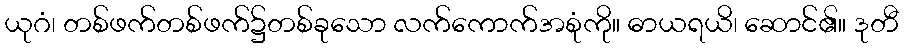
ယုဂံ၊ တစ်ဖက်တစ်ဖက်၌တစ်ခုသော လက်ကောက်အစုံကို။ ဓာယရယိ၊ ဆောင်၏။ ဒုတီ